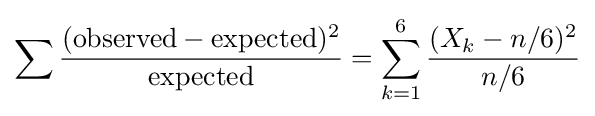
\sum {\frac {({\text{observed}}-{\text{expected}})^{2}}{\text{expected}}}=\sum _{k=1}^{6}{\frac {(X_{k}-n/6)^{2}}{n/6}}